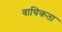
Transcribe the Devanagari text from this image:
वाचिकता